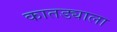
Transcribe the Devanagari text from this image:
कातड्याला